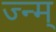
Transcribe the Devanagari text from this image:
ज्न्म्